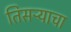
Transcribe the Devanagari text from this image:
तिसऱ्याचा